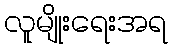
လူမျိုးရေးအရ